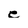
Character: e